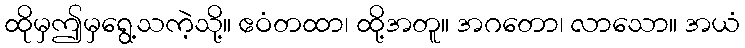
ထိုမှဤမှရွေ့သကဲ့သို့။ ဧဝံတထာ၊ ထို့အတူ။ အဂတော၊ လာသော။ အယံ